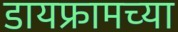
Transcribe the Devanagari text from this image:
डायफ्रामच्या